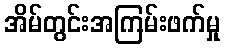
အိမ်တွင်းအကြမ်းဖက်မှု